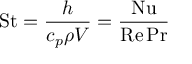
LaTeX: \mathrm { S t } = { \frac { h } { c _ { p } \rho V } } = { \frac { \mathrm { N u } } { \mathrm { R e } \, \mathrm { P r } } }